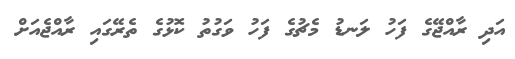
އަދި ރާއްޖޭގެ ފަހު ލަނޑު މެޗުގެ ފަހު ވަގުތު ކޮޅުގެ ތެރޭގައި ރާއްޖެއަށް